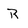
Character: R